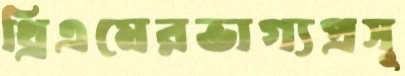
থ্রিএমেরভাগ্যপ্রসূ